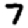
Digit: 7